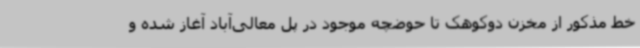
خط مذکور از مخزن دوکوهک تا حوضچه موجود در پل معالی‌آباد آغاز شده و